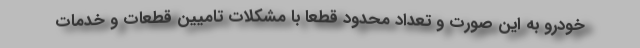
خودرو به این صورت و تعداد محدود قطعا با مشکلات تامیین قطعات و خدمات